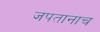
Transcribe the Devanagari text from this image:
जपतानाच